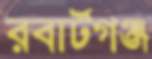
রবার্টগঞ্জ